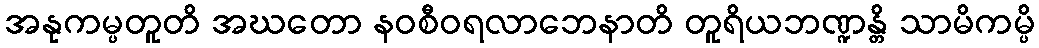
အနုကမ္ပတူတိ အဃတော နဝစီဝရလာဘေနာတိ တူရိယဘဏ္ဍန္တိ သာမိကမ္ပိ